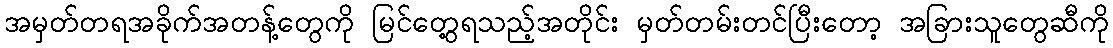
အမှတ်တရအခိုက်အတန့်တွေကို မြင်တွေ့ရသည့်အတိုင်း မှတ်တမ်းတင်ပြီးတော့ အခြားသူတွေဆီကို